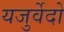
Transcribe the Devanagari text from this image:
यजुर्वेदो